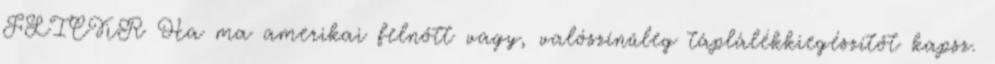
FLICKR Ha ma amerikai felnőtt vagy, valószínűleg táplálékkiegészítőt kapsz.